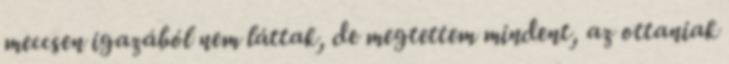
meccsen igazából nem láttak, de megtettem mindent, az ottaniak